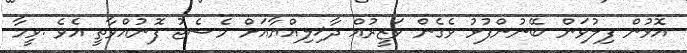
އޮޅުން ފިލުވަން ބޭނުންފުޅު ވެގެން ވަޒީރުއް ދާޚިލިއްޔާއަށް މެސެޖު ފޮނުއްވާތީ އެވެ .ވީމާ